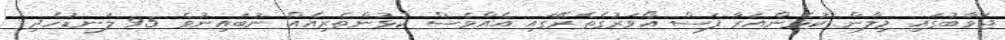
ޖަވާބުގައި މިލާން ކުޅެންއަރާ ފަސް އޯވަރުގެތެރޭގައި އެއްވެސް ކުޅުންތެރިއެއް ނުބައިނުވެ 95 ލަނޑުހެދި